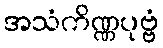
အသံကိဏ္ဏပုဗ္ဗံ